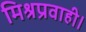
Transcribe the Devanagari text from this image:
मिश्रप्रवाही।